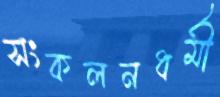
সংকলনধর্মী